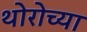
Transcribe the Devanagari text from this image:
थोरोच्या